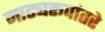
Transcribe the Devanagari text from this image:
नाट्यरूपांतरे